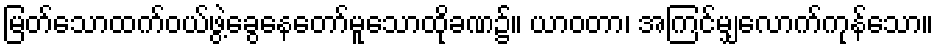
မြတ်သောထက်ဝယ်ဖွဲ့ခွေနေတော်မူသောထိုခဏ၌။ ယာဝတာ၊ အကြင်မျှလောက်ကုန်သော။